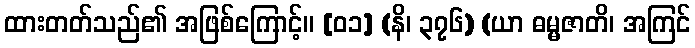
ထားတတ်သည်၏ အဖြစ်ကြောင့်။ [၀၁] (နိ၊ ၃၇၆) (ယာ ဓမ္မဇာတိ၊ အကြင်